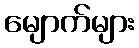
မျောက်များ